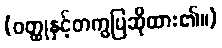
(ဝတ္ထုနှင့်တကွပြဆိုထား၏။)